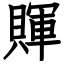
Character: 賱